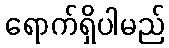
ရောက်ရှိပါမည်